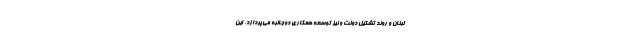
لبنان و روند تشکیل دولت و نیز توسعه همکاری دوجانبه می‌پردازد. این